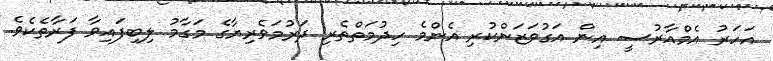
އަހަރު އެމްއާރުސީ އިން އަގުވަޒަންކުރި އެންމެ ހިދުމަތްތެރި ދަރުމަވެރިޔާގެ މަގާމު ލިބިފައިވާ ފަރާތެކެވެ.